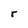
Character: r